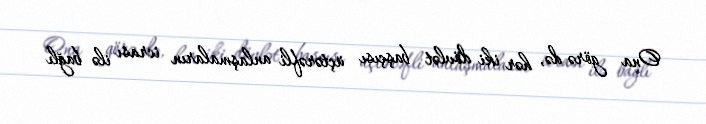
Ona görə də, hər iki dövlət başçısı üçtərəfli anlaşmaların icrası ilə bağlı